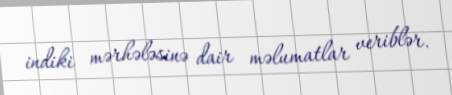
indiki mərhələsinə dair məlumatlar veriblər.